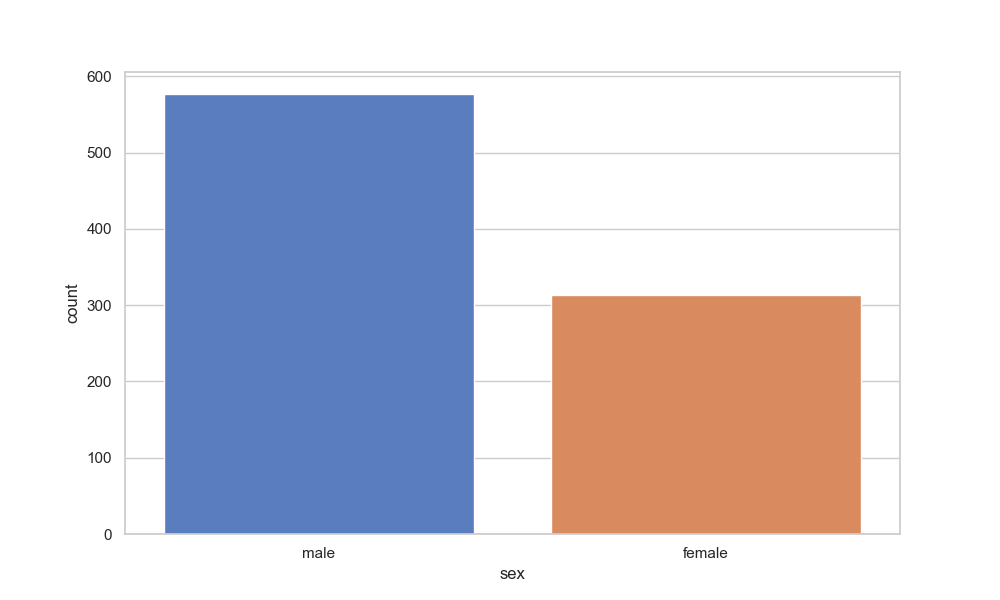
python, seaborn, countplot, x='sex', palette='muted', hue='None'